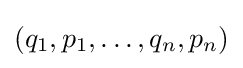
(q_{1},p_{1},\dots ,q_{n},p_{n})